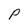
Character: p